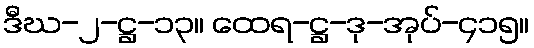
ဒီဃ-၂-ဋ္ဌ-၁၃။ ထေရ-ဋ္ဌ-ဒု-အုပ်-၄၁၅။